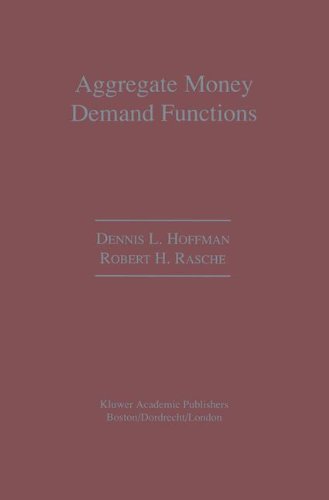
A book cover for Aggregate Money Demand Functions; Dennis L. Hoffman; Business & Money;